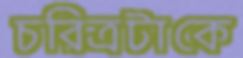
চরিত্রটাকে